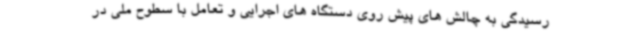
رسیدگی به چالش های پیش روی دستگاه های اجرایی و تعامل با سطوح ملی در